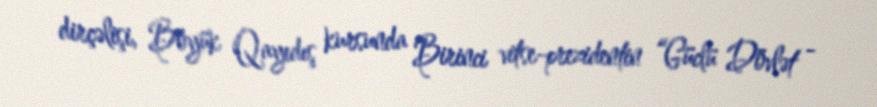
dirçəlişi, Böyük Qayıdış kursunda Birinci vitse-prezidentin “Güclü Dövlət -